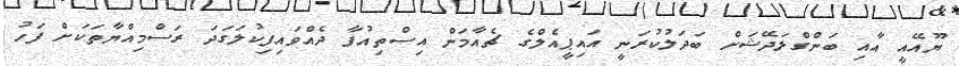
ޔޫއޭއީ އާއި ބަންގްލަދޭޝަށް ބަދަލުކުރަނީ އައިޕީއެލްގެ ޗެއާމަން އިސްތިއުފާ ދެއްވައިފިކުލަގަދަ ރަސްމިއްޔާތަކަށް ފަހު